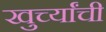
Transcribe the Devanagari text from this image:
खुर्च्यांची